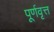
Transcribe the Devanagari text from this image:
पूर्णवृत्त